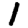
Digit: 1